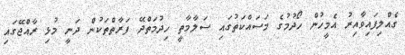
ގެއްލިފައިވާއިރު އެމީހުން ހޯދުމުގެ މަސައްކަތުގައި ސަލާމާތީ ހިދުމަތްދޭ ފަރާތްތަކުން ދަނީ މުޅި ރާއްޖޭގައި